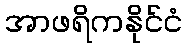
အာဖရိကနိုင်ငံ